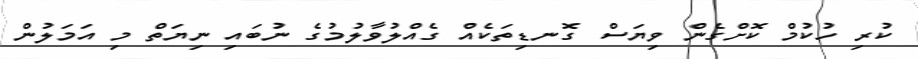
ކުރި ހުކުމް ކޮށްގެން ވިޔަސް ގޮނޑިތަކެއް ގެއްލުވާލުމުގެ ނުބައި ނިޔަތް މި އަމަލުން